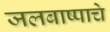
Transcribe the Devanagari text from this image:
जलबाष्पाचे